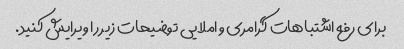
برای رفع اشتباهات گرامری و املایی توضیحات زیر را ویرایش کنید.